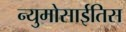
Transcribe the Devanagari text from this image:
न्युमोसाईतिस